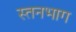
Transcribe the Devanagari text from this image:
स्तनभाग